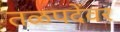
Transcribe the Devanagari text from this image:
तळपदेंवर